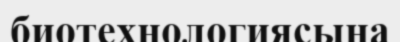
биотехнологиясына